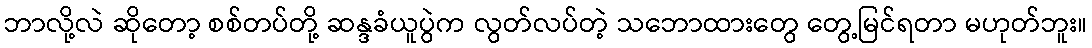
ဘာလို့လဲ ဆိုတော့ စစ်တပ်တို့ ဆန္ဒခံယူပွဲက လွတ်လပ်တဲ့ သဘောထားတွေ တွေ့မြင်ရတာ မဟုတ်ဘူး။